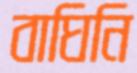
বাঘিনি